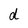
Character: d